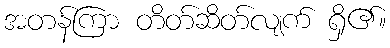
အတန်ကြာ တိတ်ဆိတ်လျက် ရှိ၏။